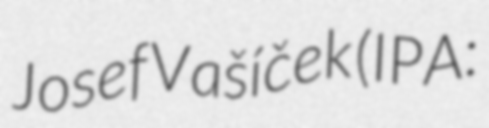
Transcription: Josef Vašíček (IPA: